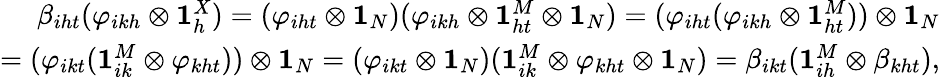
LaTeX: \begin{array}{r}{\beta_{iht}(\varphi_{ikh}\otimes\mathbf{1}_{h}^{X})=(\varphi_{iht}\otimes\mathbf{1}_{N})(\varphi_{ikh}\otimes\mathbf{1}_{ht}^{M}\otimes\mathbf{1}_{N})=(\varphi_{iht}(\varphi_{ikh}\otimes\mathbf{1}_{ht}^{M}))\otimes\mathbf{1}_{N}}\\ {=(\varphi_{ikt}(\mathbf{1}_{ik}^{M}\otimes\varphi_{kht}))\otimes\mathbf{1}_{N}=(\varphi_{ikt}\otimes\mathbf{1}_{N})(\mathbf{1}_{ik}^{M}\otimes\varphi_{kht}\otimes\mathbf{1}_{N})=\beta_{ikt}(\mathbf{1}_{ih}^{M}\otimes\beta_{kht}),}\end{array}